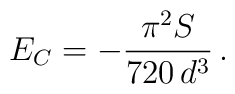
E_C=-\frac{\pi^2 S}{720 \, d^3}\,.